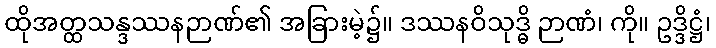
ထိုအတ္ထသန္ဒဿနဉာဏ်၏ အခြားမဲ့၌။ ဒဿနဝိသုဒ္ဓိ ဉာဏံ၊ ကို။ ဥဒ္ဒိဋ္ဌံ၊